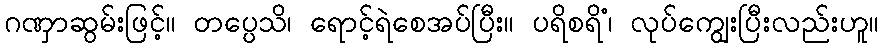
ဂဏှာဆွမ်းဖြင့်။ တပ္ပေသိ၊ ရောင့်ရဲစေအပ်ပြီး။ ပရိစရိံ၊ လုပ်ကျွေးပြီးလည်းဟူ။